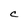
Character: C